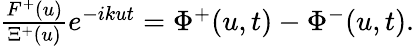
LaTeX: \begin{array}{r}{\frac{F^{+}(u)}{\Xi^{+}(u)}e^{-ikut}=\Phi^{+}(u,t)-\Phi^{-}(u,t).}\end{array}